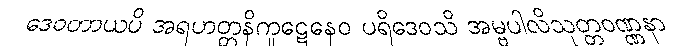
ဒေဝတာယပိ အရဟတ္တနိကူဋေနေဝ ပရိဒေဝသိ အမ္ဗပါလိသုတ္တဝဏ္ဏနာ